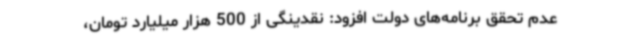
عدم تحقق برنامه‌های دولت افزود: نقدینگی از 500 هزار میلیارد تومان،